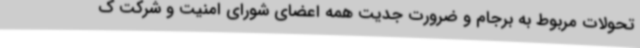
تحولات مربوط به برجام و ضرورت جدیت همه اعضای شورای امنیت و شرکت ک